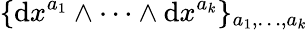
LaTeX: \{ \mathrm{d}x^{a_{1}}\wedge\cdots\wedge\mathrm{d}x^{a_{k}}\} _{a_{1},\ldots,a_{k}}